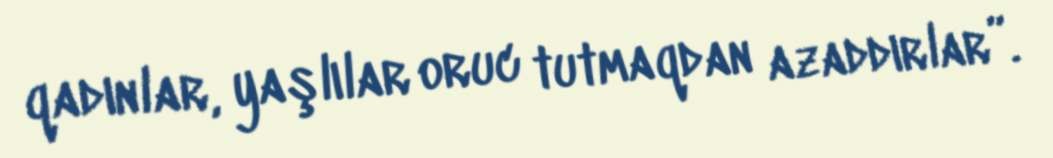
qadınlar, yaşlılar oruc tutmaqdan azaddırlar”.